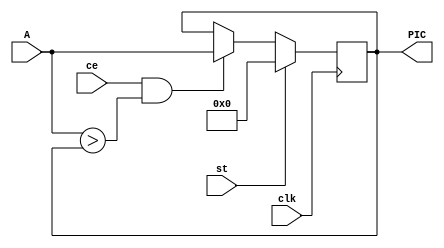
module PIC_DET(
input [10:0] A, output reg [10:0] PIC,
input ce,
input clk,
input st);
always @ (posedge clk) begin
PIC <= st? 0 : (ce & (A>PIC))? A : PIC ;
end
endmodule